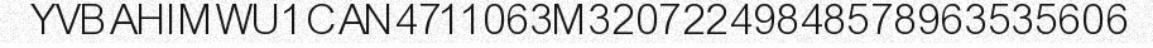
YVBAHIMWU1CAN4711063M32072249848578963535606